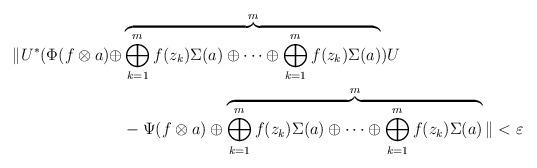
LaTeX: \begin{align*} \| U^{*}(\Phi(f\otimes a) \oplus & \overbrace{\bigoplus_{k=1}^m f(z_k)\Sigma (a) \oplus \cdots \oplus\bigoplus_{k=1}^m f(z_k)\Sigma (a) }^m) U \\& - \Psi(f\otimes a)\oplus \overbrace{\bigoplus_{k=1}^m f(z_k)\Sigma (a) \oplus \cdots \oplus \bigoplus_{k=1}^m f(z_k)\Sigma (a)}^m\| < \varepsilon \end{align*}